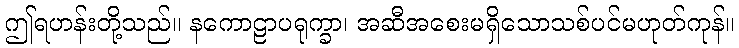
ဤရဟန်းတို့သည်။ နကောဠာပရုက္ခာ၊ အဆီအစေးမရှိသောသစ်ပင်မဟုတ်ကုန်။